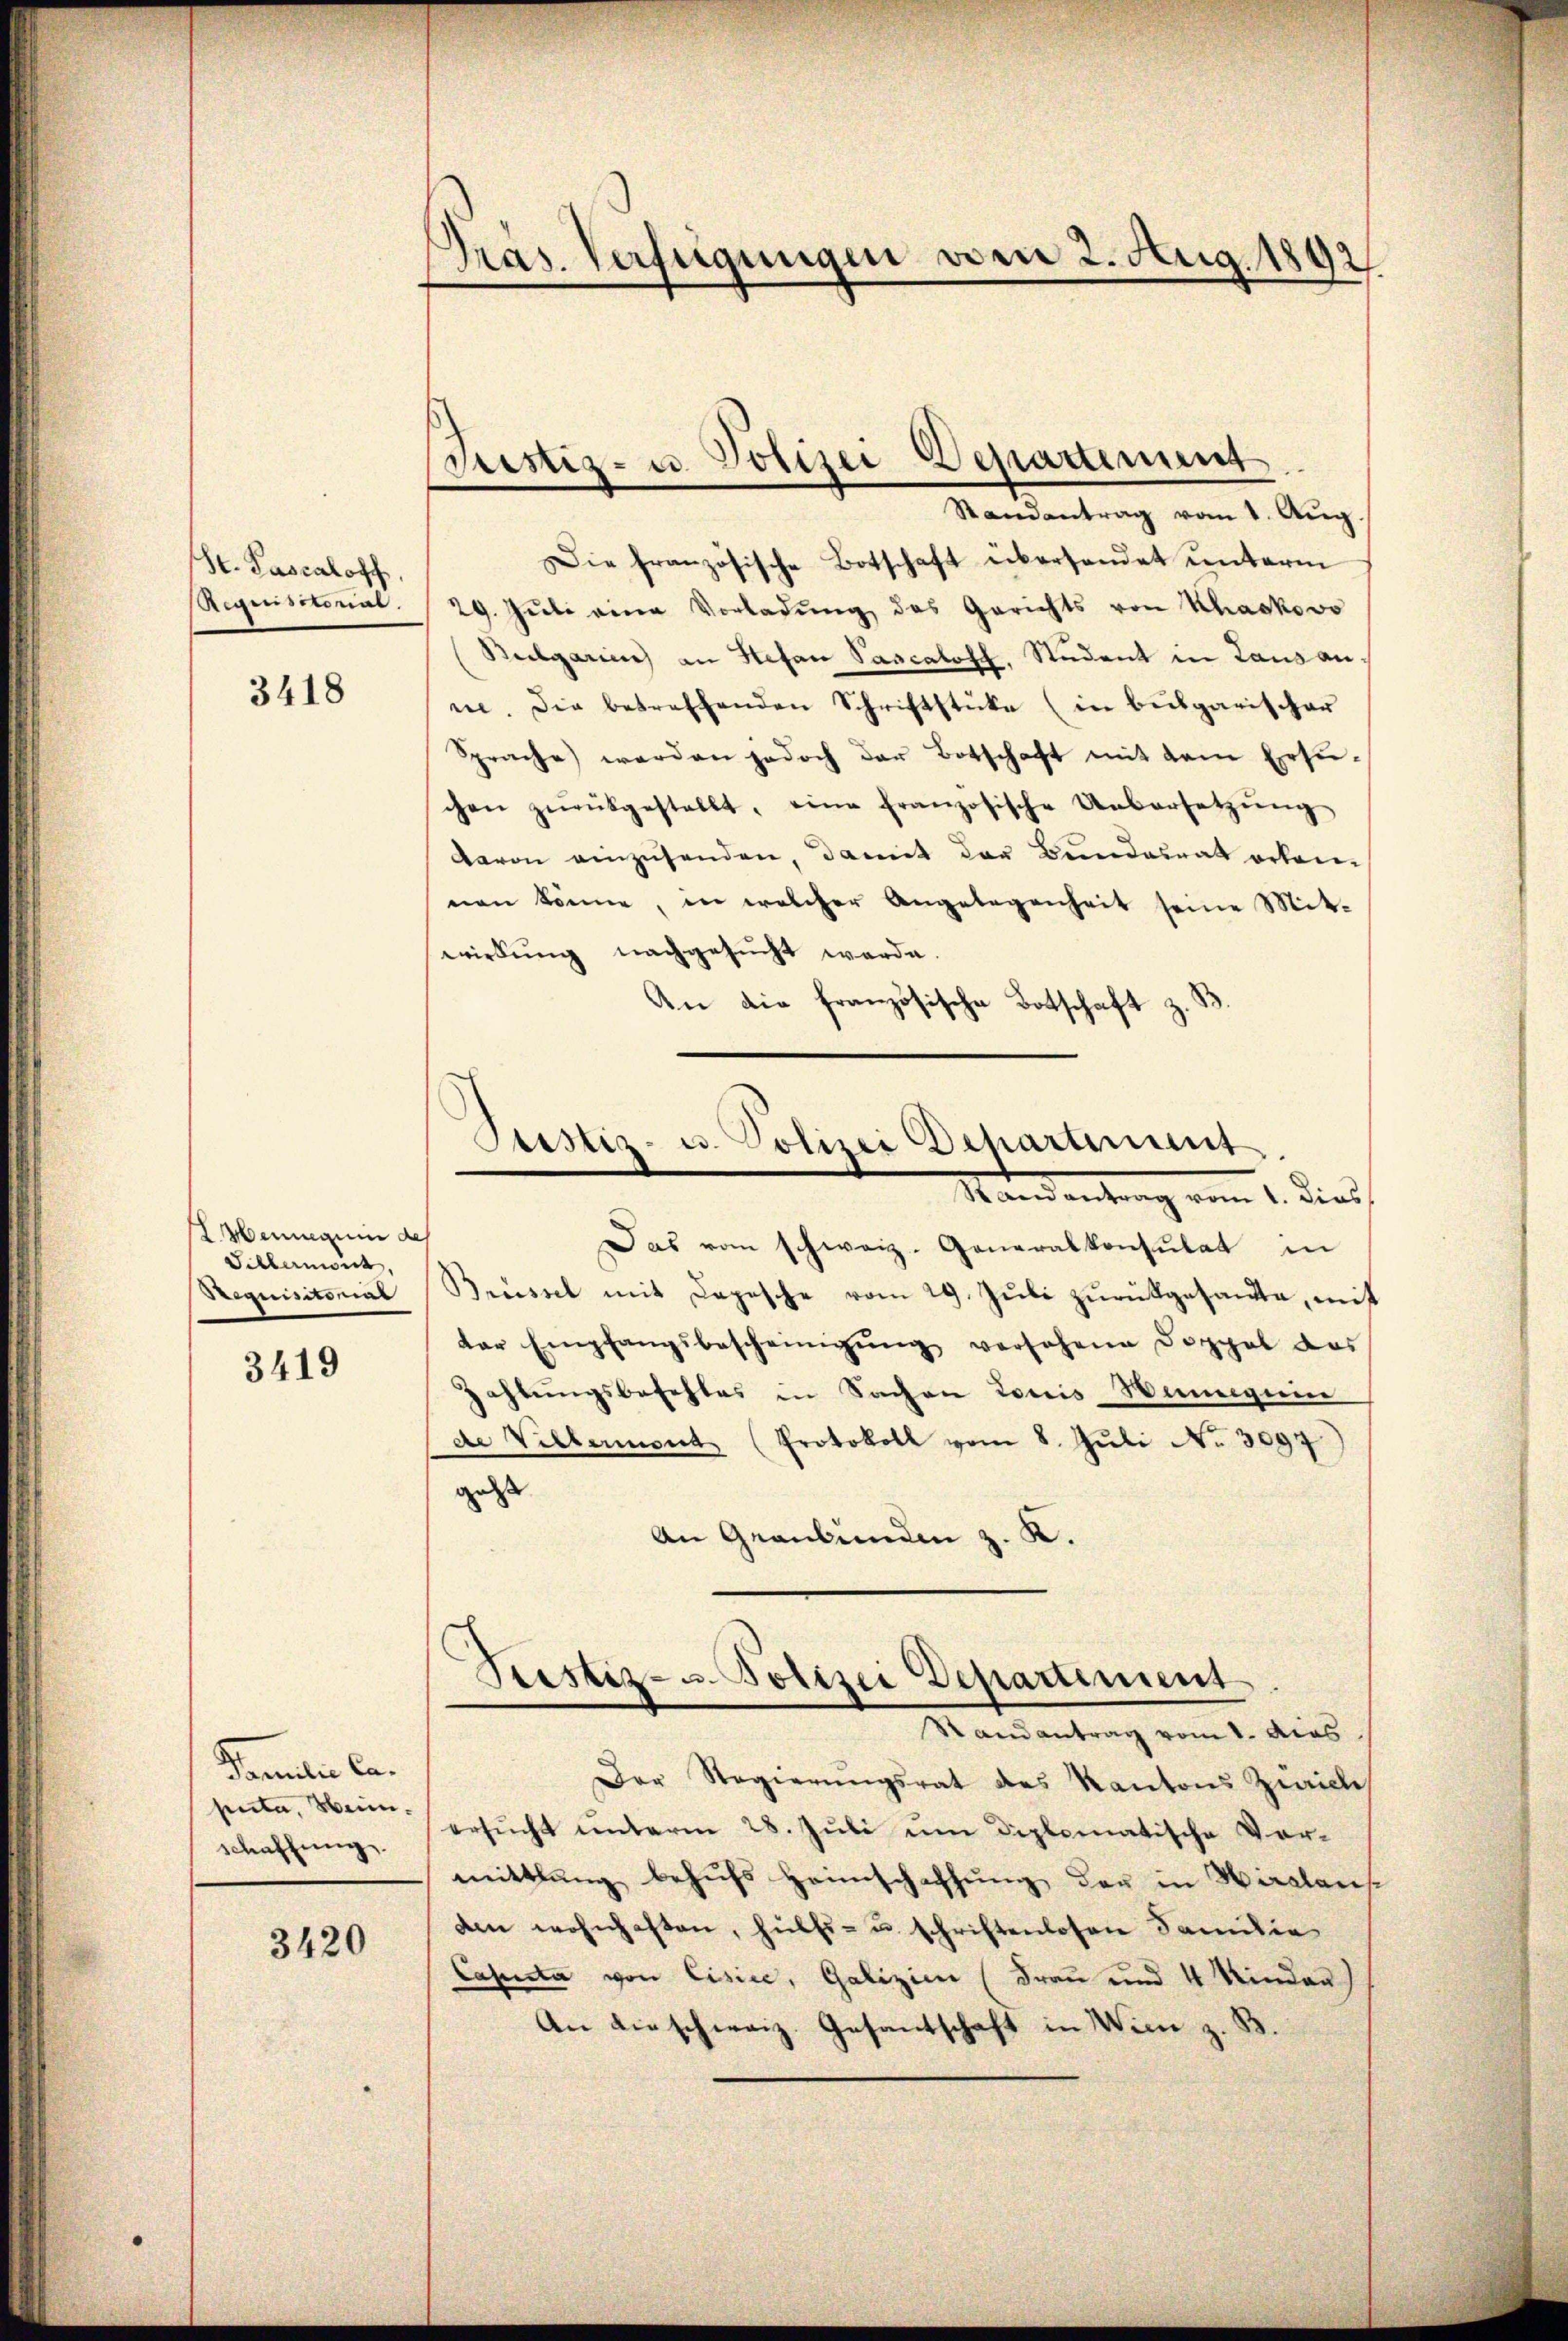
St. Pascaloff
Regensstorial.

3418

L Henneguin de
Schlermont,
Requisitonal

3419

Familien Capenta, Heim.
schaffung.

3420

Präs. Verfügungen vom 2. Aug. 1892.

Justiz- u. Polizei Departement
Randantrag vom 1. Aug

Die französische Botschaft überhandet unterm
29. Jŭli eine Vorladŭng des Gerichts von Khackovo
Bulgarien an Stefan Pascaloff. Student in Lausan
ne. Die betreffenden Schriftstücke (in bulgarischer
Sprache werden jedoch der Botschaft mit dem Erle-
chen zŭrückgestellt, eine französische Uebersetzŭng
davon einzusenden, damit der Bundesrat erkennen könne, in welcher Angelegenheit seine Mit-
wirkung nachgesucht werde.
An die französische Botschaft z. B

Justiz- u. Polizei Departement
Mandantrag vom 1. Dies

Das vom schweiz. Generalkonsulat in
Brüssel mit Depesche vom 29. Juli zurückgesandte, mit
der Empfangsbescheinigŭng versehene Doppel des
Zahlungsbefehles in Sachen Louis Hunniqui
de Villament (Protokoll vom 8. Juli No 3097)
gelst
An Graubünden z. K.

Pristiz- u. Polizei Departement

Randantrag vom 1. dies
Der Regierŭngsrat des Kantons Zürich
ersŭcht ŭnterm 28. Jŭli ŭm diplomatische Vor-
mittlung behufs Heimschaffung der in Hirslaus
den wohnhaften, hülfs- u. schriftenlosen Familie
Casenta von Eisee, Galizien (Frau und 4 Kinden)
An dieschweiz. Gesantschaft in Wien z. B.